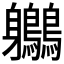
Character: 𪈬